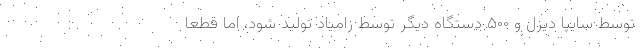
توسط سایپا دیزل و ۵۰۰ دستگاه دیگر توسط زامیاد تولید شود، اما قطعا